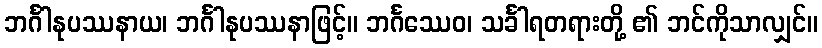
ဘင်္ဂါနုပဿနာယ၊ ဘင်္ဂါနုပဿနာဖြင့်။ ဘင်္ဂဿေဝ၊ သင်္ခါရတရားတို့ ၏ ဘင်ကိုသာလျှင်။